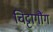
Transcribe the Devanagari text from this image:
चिट्टागौंग